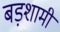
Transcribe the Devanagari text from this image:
बड़शामी